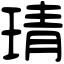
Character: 𤦭